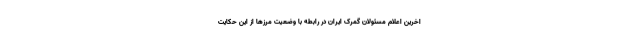
اخرین اعلام مسئولان گمرک ایران در رابطه با وضعیت مرزها از این حکایت